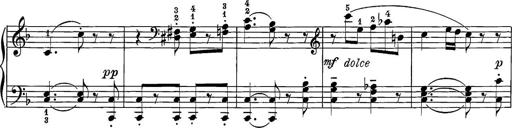
Title: 12 Sonatine per Pianoforte
Composer: Friedrich Kuhlau